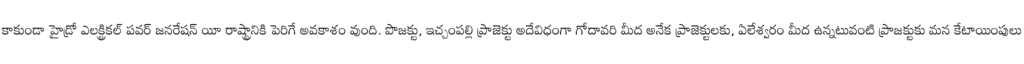
కాకుండా హైడ్రో ఎలక్ట్రికల్ పవర్ జనరేషన్ యీ రాష్ట్రానికి పెరిగే అవకాశం వుంది. పొజక్టు, ఇచ్చంపల్లి ప్రాజెక్టు అదేవిధంగా గోదావరి మీద అనేక ప్రాజెక్టులకు, ఏలేశ్వరం మీద ఉన్నటువంటి ప్రాజక్టుకు మన కేటాయింపులు